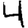
Digit: 4